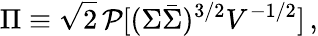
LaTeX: \Pi\equiv\sqrt{2}\, {\cal P}[(\Sigma\bar{\Sigma})^{3/2}V^{-1/2}]\, ,